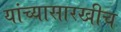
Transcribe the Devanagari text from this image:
यांच्यासारखीच